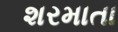
શરમાતા